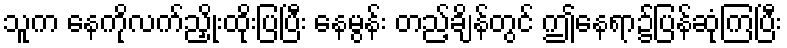
သူက နေကိုလက်ညှိုးထိုးပြပြီး နေမွန်း တည့်ချိန်တွင် ဤနေရာ၌ပြန်ဆုံကြပြီး